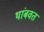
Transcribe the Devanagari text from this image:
थांबवत